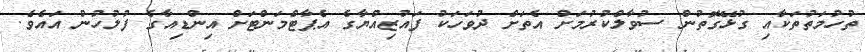
ތުހުމަތުތަކާއި ގުޅޭގޮތުން ސުވާލްކުރުމަށް އެތަށް ދުވަހަކު ފައުޒިއްޔާގެ އެޕާޓްމަންޓަށް އިންޑިއާގެ ފުލުހުން އައެވެ.